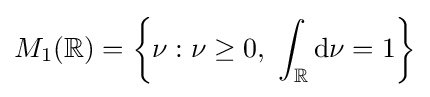
M_{1}(\mathbb {R} )=\left\{\nu :\nu \geq 0,\ \int _{\mathbb {R} }\mathrm {d} \nu =1\right\}